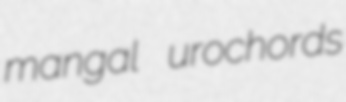
mangal urochords